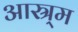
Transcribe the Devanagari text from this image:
आस्र्म